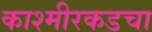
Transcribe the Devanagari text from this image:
काश्मीरकडचा